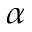
\alpha